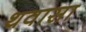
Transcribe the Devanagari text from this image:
थवासा